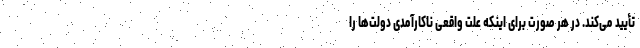
تأیید می‌کند. در هر صورت برای اینکه علت واقعی ناکارآمدی دولت‌ها را